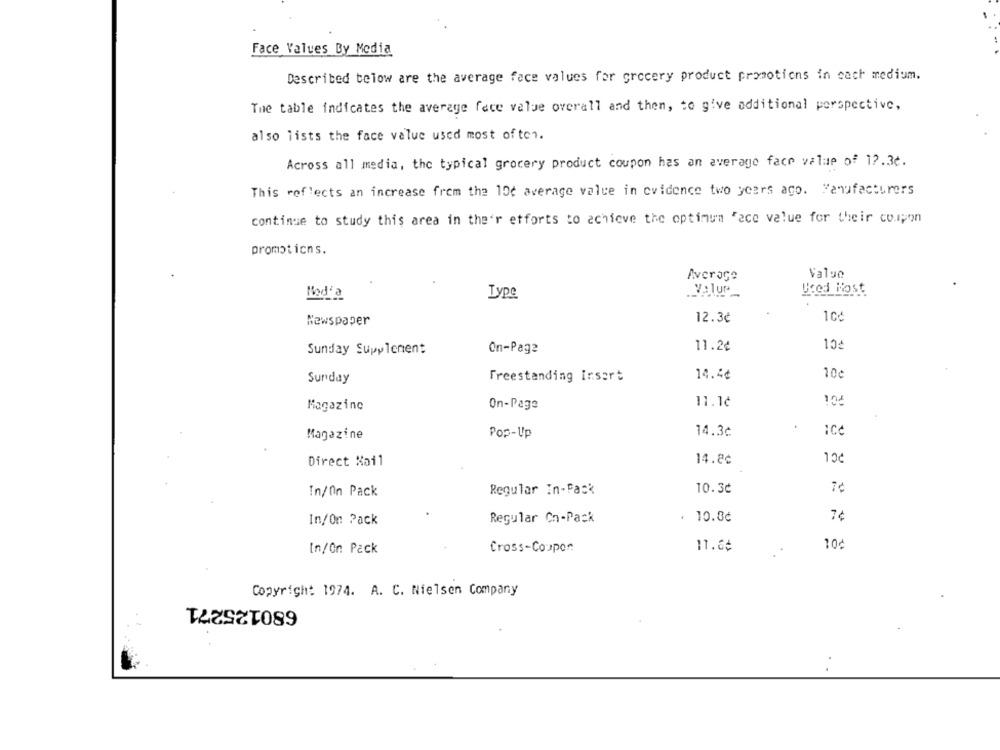
Face Values By Media
Described below are the average face values for grocery product promotions in cach medium.
The table indicates the average face value overall and then, to give additional perspective,
also lists the face value used most often.
Across all media, the typical grocery product coupon has an average face value of 17.30.
This reflects an increase from the 10( average value in evidence two years ago. Manufacturers
continue to study this area in the'r efforts to achieve the optimum Face value for their coupon
promotions.
Average
Value
Used Most
Nod'a
Type
Newspaper
12.3¢
Sunday Supplement
On-Page
11.2¢
14.4¢
10c
Sunday
Freestanding Insert
11.1¢
Magazine
On-Page
Magazine
Pop-Up
14.3¢
:Cc
PCL
Direct Mail
14.8¢
In/On Pack
Regular In-Fack
10.3¢
10.8¢
7¢
In/On Pack
Regular Cn-Pack
Cross-Coupon
11.66
10¢
In/On Pack
Copyright 1974. A. C. Nielsen Company
680125271